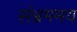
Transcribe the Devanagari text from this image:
संभ्रममय